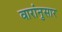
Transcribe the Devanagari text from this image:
वारांनुसार